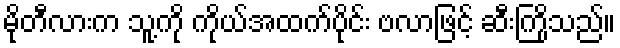
မိုတီလားက သူ့ကို ကိုယ်အထက်ပိုင်း ဗလာဖြင့် ဆီးကြိုသည်။